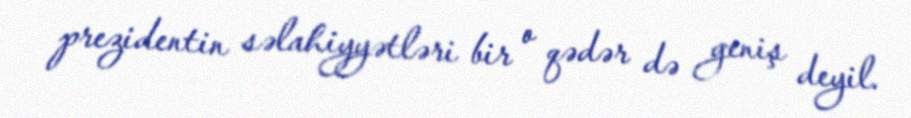
prezidentin səlahiyyətləri bir o qədər də geniş deyil.